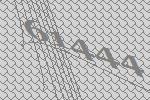
61444